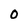
Character: 0